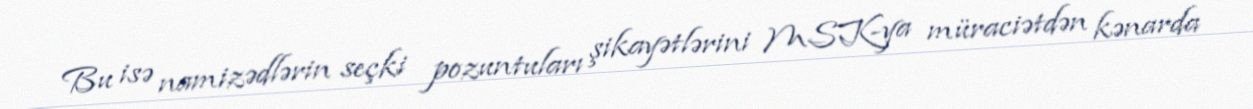
Bu isə namizədlərin seçki pozuntuları şikayətlərini MSK-ya müraciətdən kənarda